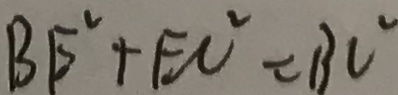
B E ^ { 2 } + E C ^ { 2 } = B C ^ { \circ }